Senior Leaving Certificate Examination (including Day School Certificate (Higher) General paper), 1950
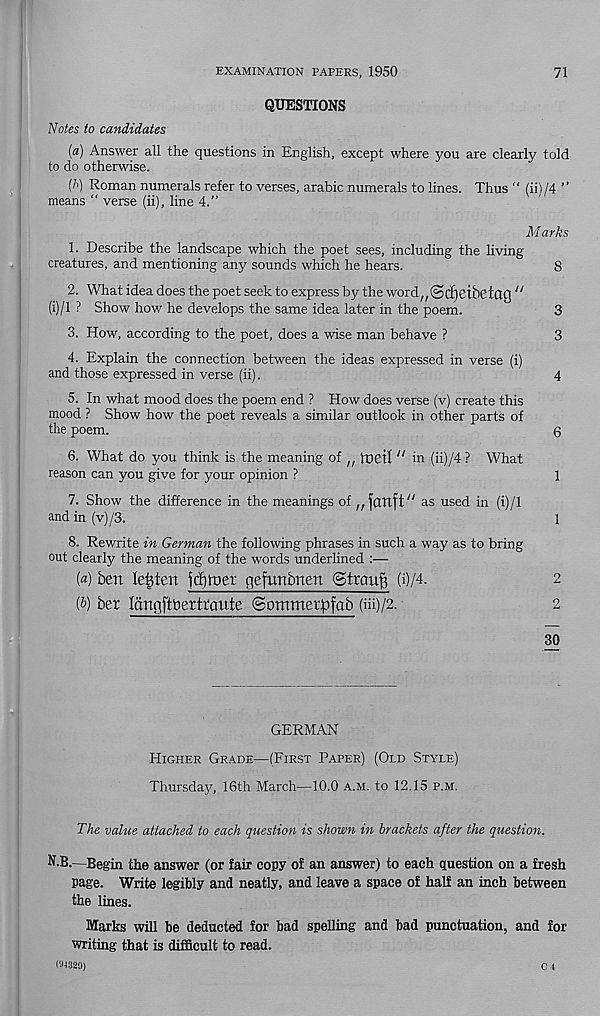
EXAMINATION PAPERS, 1950
71
QUESTIONS
Notes to candidates
{a) Answer all the questions in English, except where you are clearly told
to do otherwise.
(/>) Roman numerals refer to verses, arabic numerals to lines. Thus " (ii) /4 ”
means “ verse (ii), line 4.”
M arks
1. Describe the landscape which the poet sees, including the living
creatures, and mentioning any sounds which he hears.
8
2. What idea does the poet seek to express by the word^tSdjeibetCtCJ “
(i)/l ? Show how he develops the same idea later in the poem.
3
3. How, according to the poet, does a wise man behave ?
3
4. Explain the connection between the ideas expressed in verse (i)
and those expressed in verse (ii).
4
5. In what mood does the poem end ? How does verse (v) create this
mood ? Show how the poet reveals a similar outlook in other parts of
the poem.
6
6. What do you think is the meaning of n ftieil “ in (ii)/4 ? What
reason can you give for your opinion ?
1
7. Show the difference in the meanings of n janft /y as used in (i)/l
and in (v) /3.
'
1
8. Rewrite in German the following phrases in such a way as to bring
out clearly the meaning of the words underlined :—
(«) ben lenten fcbroer gefunbnen (Strang (i)/4.
2
(&) ber lanoftbertraute @ommerpfab (iii)/2.
2
30
GERMAN
Higher Grade—(First Paper) (Old Style)
Thursday, 16th March—10.0 a.m. to 12.15 p.m.
The value attached to each question is shown in brackets after the question.
N.B.—Begin the answer (or fair copy of an answer) to each question on a fresh
page. Write legibly and neatly, and leave a space of half an inch between
the lines.
Marks will be deducted for bad spelling and bad punctuation, and for
writing that is difficult to read.
CU320)
C t